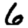
Digit: 6